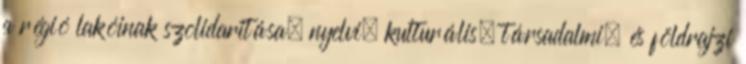
a régió lakóinak szolidaritása, nyelvi, kulturális, társadalmi, és földrajzi